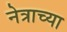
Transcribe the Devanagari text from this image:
नेत्राच्या